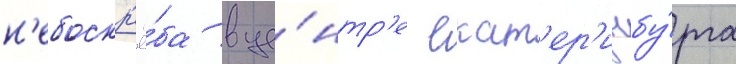
н'ебоскр'ё́ба в це́нтр'е екат'ер'инбу́рга